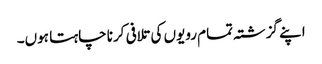
اپنے گزشتہ تمام رویوں کی تلافی کرنا چاہتا ہوں۔